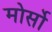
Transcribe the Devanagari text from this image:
मोर्सो